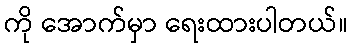
ကို အောက်မှာ ရေးထားပါတယ်။